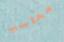
محاسب